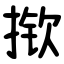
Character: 揿